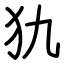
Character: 犰